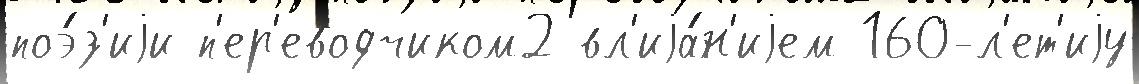
поэ́з'иjи п'ер'еводчиком2 вл'иjа́н'иjем 160-л'ет'иjу